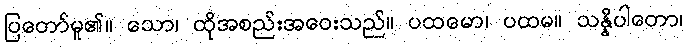
ပြတော်မူ၏။ သော၊ ထိုအစည်းအဝေးသည်။ ပထမော၊ ပထမ။ သန္နိပါတော၊